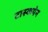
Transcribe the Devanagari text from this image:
टास्कपेन